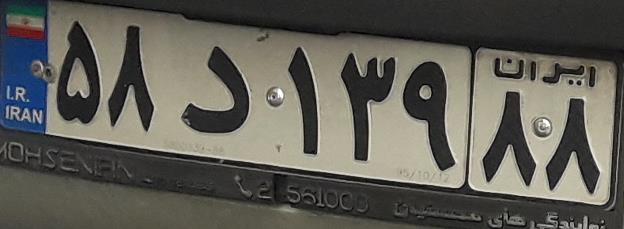
۵۸د۱۳۹۸۸